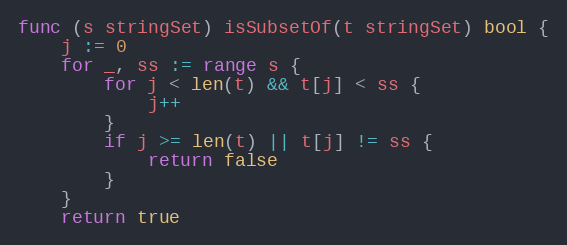
Language: Go
func (s stringSet) isSubsetOf(t stringSet) bool {
	j := 0
	for _, ss := range s {
		for j < len(t) && t[j] < ss {
			j++
		}
		if j >= len(t) || t[j] != ss {
			return false
		}
	}
	return true